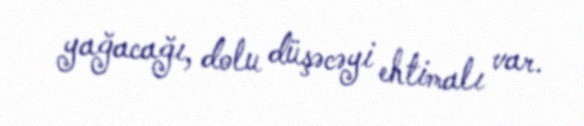
yağacağı, dolu düşəcəyi ehtimalı var.